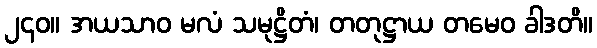
၂၄၀။ အယသာဝ မလံ သမုဋ္ဌိတံ၊ တတုဋ္ဌာယ တမေဝ ခါဒတိ။